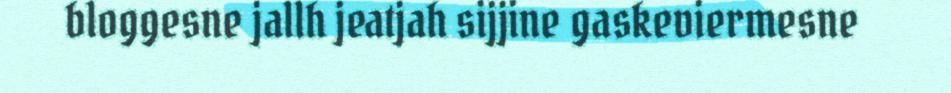
bloggesne jallh jeatjah sijjine gaskeviermesne